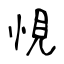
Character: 悓